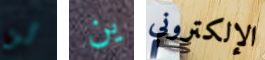
لن ين الإلكتروني